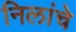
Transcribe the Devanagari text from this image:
निलांचे